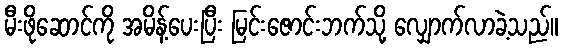
မီးဖိုဆောင်ကို အမိန့်ပေးပြီး မြင်းဇောင်းဘက်သို့ လျှောက်လာခဲ့သည်။